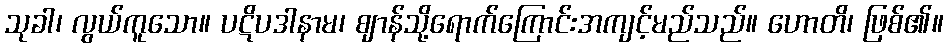
သုခါ၊ လွယ်ကူသော။ ပဋိပဒါနာမ၊ ဈာန်သို့ရောက်ကြောင်းအကျင့်မည်သည်။ ဟောတိ၊ ဖြစ်၏။